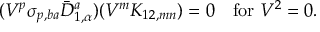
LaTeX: ( V ^ { p } \sigma _ { p , b a } \bar { D } _ { 1 , \alpha } ^ { a } ) ( V ^ { m } K _ { 1 2 , m n } ) = 0 \quad \mathrm { f o r ~ } V ^ { 2 } = 0 .